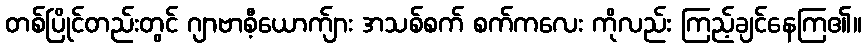
တစ်ပြိုင်တည်းတွင် ဂျာဗာစီ့ယောက်ျား အသစ်စက် စက်ကလေး ကိုလည်း ကြည့်ချင်နေကြ၏။